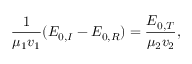
\frac { 1 } { \mu _ { 1 } v _ { 1 } } ( E _ { 0 , I } - E _ { 0 , R } ) = \frac { E _ { 0 , T } } { \mu _ { 2 } v _ { 2 } } ,